Leaving Certificate Examination (including Day School Certificate (Higher) General paper), 1934
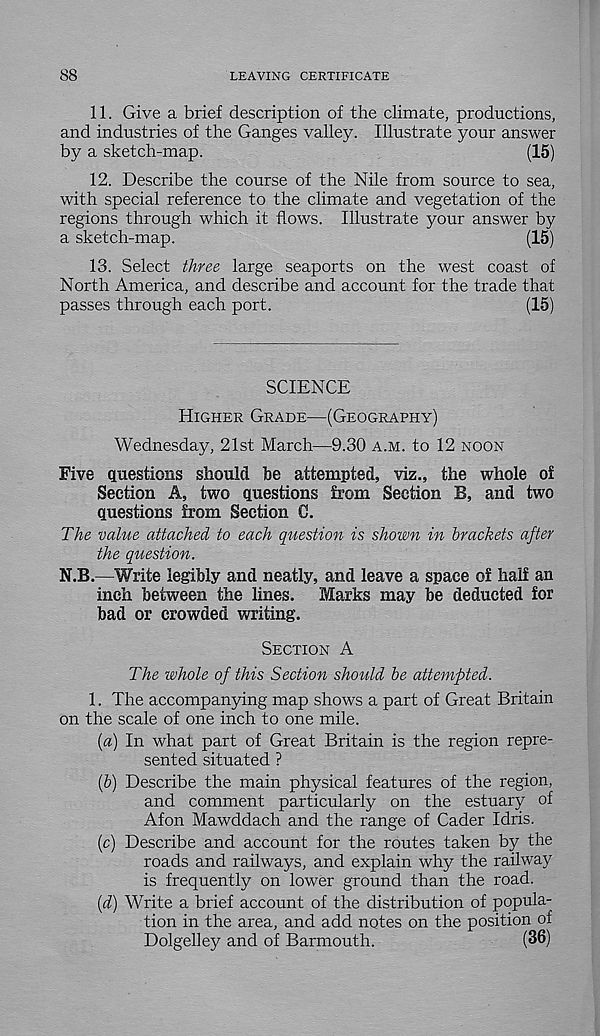
88
LEAVING CERTIFICATE
11. Give a brief description of the climate, productions,
and industries of the Ganges valley. Illustrate your answer
by a sketch-map.
(15)
12. Describe the course of the Nile from source to sea,
with special reference to the climate and vegetation of the
regions through which it flows. Illustrate your answer by
a sketch-map.
(15)
13. Select three large seaports on the west coast of
North America, and describe and account for the trade that
passes through each port.
(15)
SCIENCE
Higher Grade—(Geography)
Wednesday, 21st March—9.30 a.m. to 12 noon
Five questions should be attempted, viz., the whole of
Section A, two questions from Section B, and two
questions from Section C.
The value attached to each question is shown in brackets after
the question.
N.B.—Write legibly and neatly, and leave a space of half an
inch between the lines.
Marks may be deducted for
bad or crowded writing.
Section A
The whole of this Section should be attempted.
1. The accompanying map shows a part of Great Britain
on the scale of one inch to one mile.
[a) In what part of Great Britain is the region repre-
sented situated ?
(&) Describe the main physical features of the region,
and comment particularly on the estuary of
Afon Mawddach and the range of Cader Idris.
(c) Describe and account for the routes taken by the
roads and railways, and explain why the railway
is frequently on lower ground than the road.
(d) Write a brief account of the distribution of popula-
tion in the area, and add notes on the position of
Dolgelley and of Barmouth.
(36)